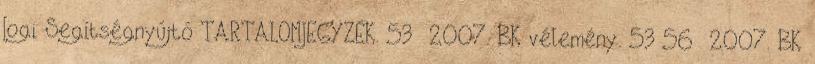
Jogi Segítségnyújtó TARTALOMJEGYZÉK. 53 2007. BK vélemény. 53 56 2007. BK